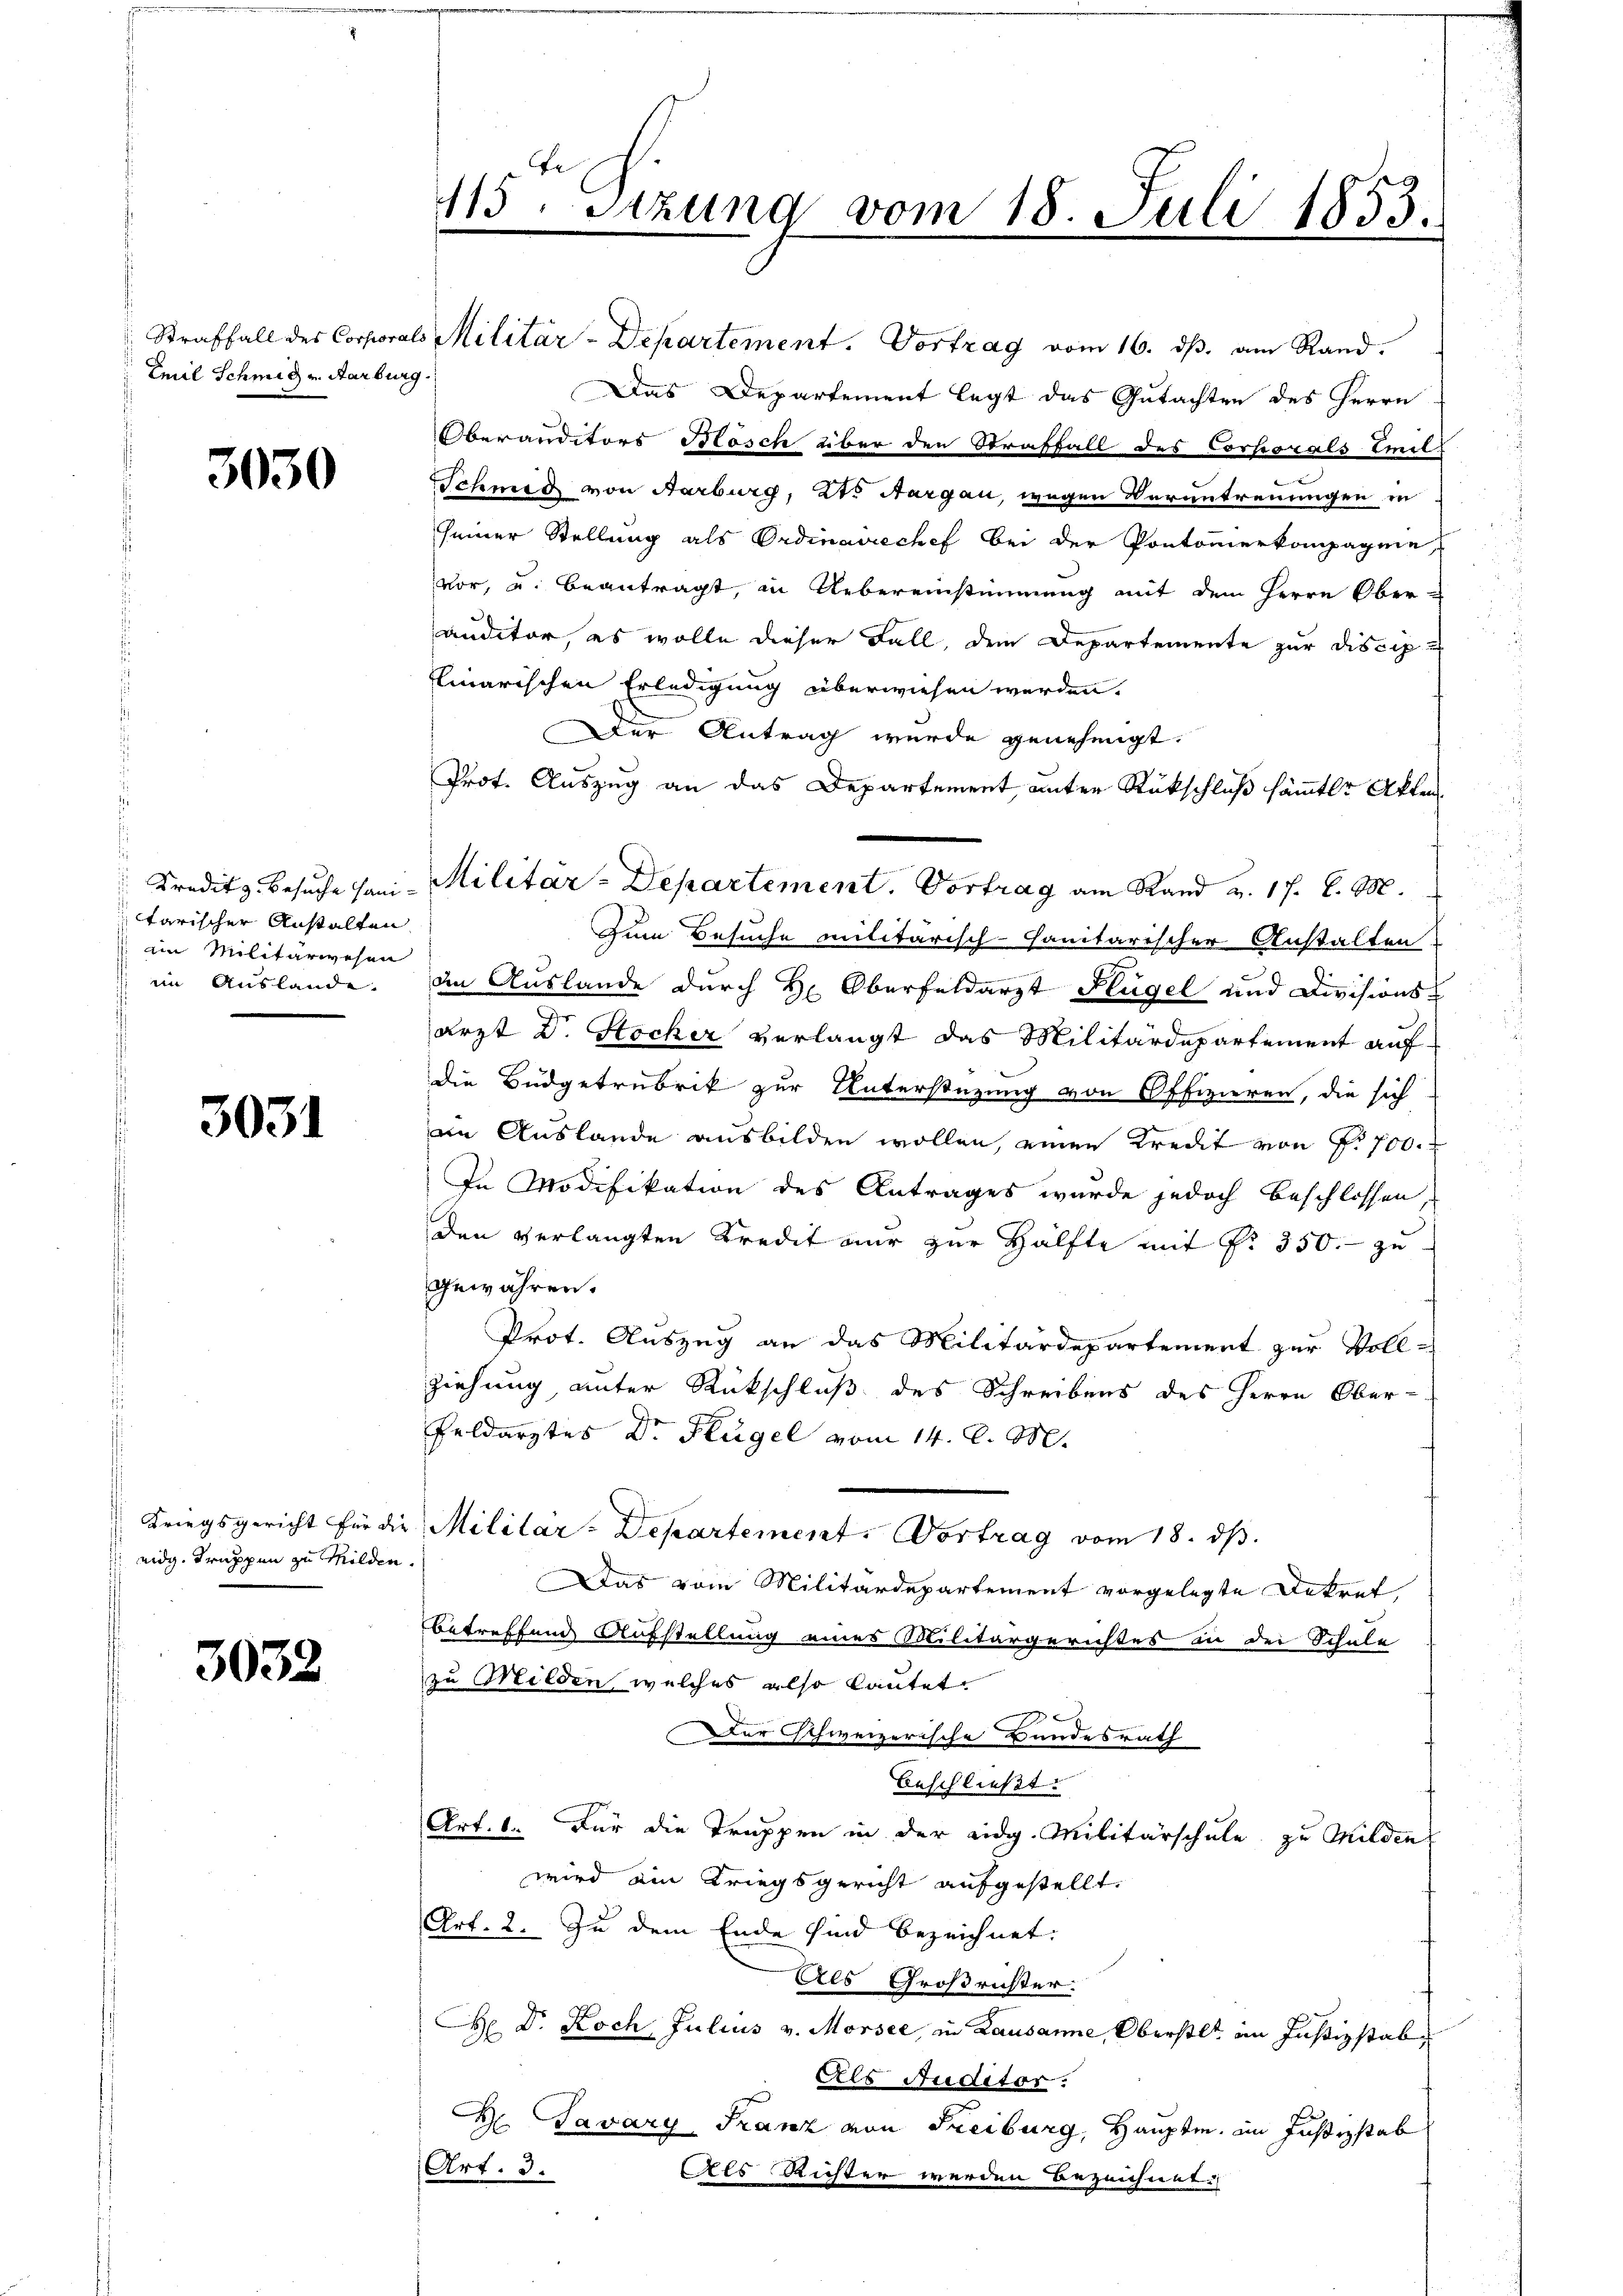
Emil Schmid v. Aarburg.

3030

tarischer Anstalten
ain Militärwesen
 ein Auslande.

3031

Kriegsgericht für die
eidg. Truppen zu Milden

3032

115. Setzung vom 18. Juli 1833.

Kreditz Besuche sani- Militar-Departement. Vortrag am Rand v. 17. d. M.

Straffall des Corporals Militär-Departement. Vortrag vom 16. ds. am Rand¬
Das Departement legt das Gutachten des Herrn
Oberanditors Bösch über den Straffall des Corporals Emil¬
Schmid von Aarburg, als Aargau, wegen Verantrennungen in
seiner Stellung als Ordinairechef bei der Pontomierkompagnie
vor, u. beantragt, in Uebereinstimmung mit dem Herrn Ober-
auditor, es wolle dieser Fall, dem Departemente zur Discip
flinarischen Erledigung überwiesen werden.
Der Antrag wurde genehmigt.
Prot. Auszug an das Departement unter Rückschluß sämmtl. Akten
Zum Besuche militärisch-sanitarischer Anstalten
den Auslande durch Hr. Oberfeldarzt Flügel und Divisions-
arzt Dr. Hocher verlangt das Militärdepartement auf
die Büdgetrubrik zur Unterstüzung von Offizieren, die sich
an Auslande ausbilden wollen, einen Kredit von P. 700.
In Modifikation des Antrages wurde jedoch beschlossen,
den verlangten Kredit nur zur Hälfte mit Nr. 350. zu
Gewähren.
Prot. Auszug an das Militärdepartement zur Voll-
ziehung, unter Rückschluß des Schreibens des Herrn Ober-
Feldarztes Dr. Flügel vom 14. d. M.
Militar-Departement. Vortrag vom 18. ds.
Das vom Militärdepartement vorgelegte Dekret
betreffend Aufstellung eines Militärgerichtes in der Schule
zu Milden, welches also lautet
Der Schweizerische Bundesrath
beschließt:
Art. 6. Für die Truppen in der eidg. Militärschule zu Milden
wird ain Kriegsgericht aufgestellt.
Art. 2. Zu dem Ende sind bezeichnet.
Als Großrichter.
H Dr. Koch Julius v. Morsee, in Lausanne, Oberstl. im Justizstab¬
Als Auditor.
H Tavary, Franz von Freiburg, Hauptm. im Justizstab
Art. 3.
Als Richter werden bezeichnet: